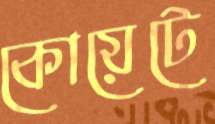
কোয়েটে